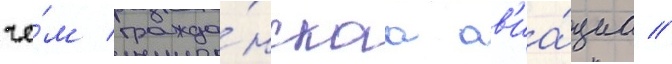
че́м гражда́нскаа ав'иа́циа //